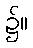
၌။